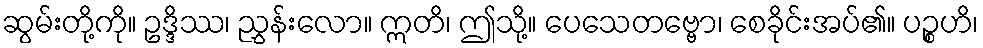
ဆွမ်းတို့ကို။ ဥဒ္ဒိဿ၊ ညွှန်းလော။ ဣတိ၊ ဤသို့။ ပေသေတဗ္ဗော၊ စေခိုင်းအပ်၏။ ပဉ္စဟိ၊